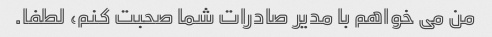
من می خواهم با مدیر صادرات شما صحبت کنم، لطفا.